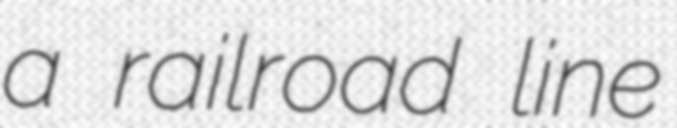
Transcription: a railroad line